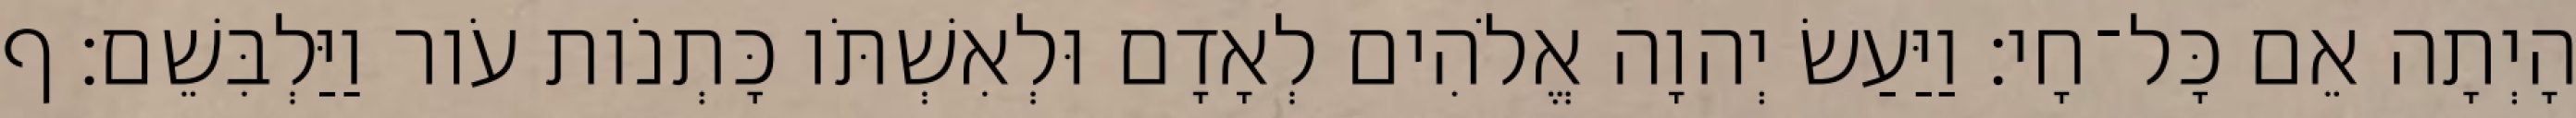
הָיְתָה אֵם כָּל־חָי׃ וַיַּעַשׂ יְהוָה אֱלֹהִים לְאָדָם וּלְאִשְׁתֹּו כָּתְנֹות עֹור וַיַּלְבִּשֵׁם׃ ף